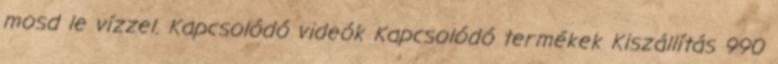
mosd le vízzel. Kapcsolódó videók Kapcsolódó termékek Kiszállítás 990